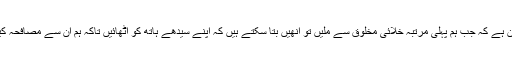
لہٰذا یہ ممکن ہے کہ جب ہم پہلی مرتبہ خلائی مخلوق سے ملیں تو انھیں بتا سکتے ہیں کہ اپنے سیدھے ہاتھ کو اٹھائیں تاکہ ہم ان سے مصافحہ کیا جا سکے۔